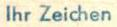
lhr Zeichen